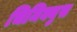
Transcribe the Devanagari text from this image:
चिमिक्युस